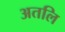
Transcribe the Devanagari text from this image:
अतलि